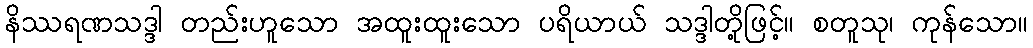
နိဿရဏသဒ္ဒါ တည်းဟူသော အထူးထူးသော ပရိယာယ် သဒ္ဒါတို့ဖြင့်။ စတူသု၊ ကုန်သော။